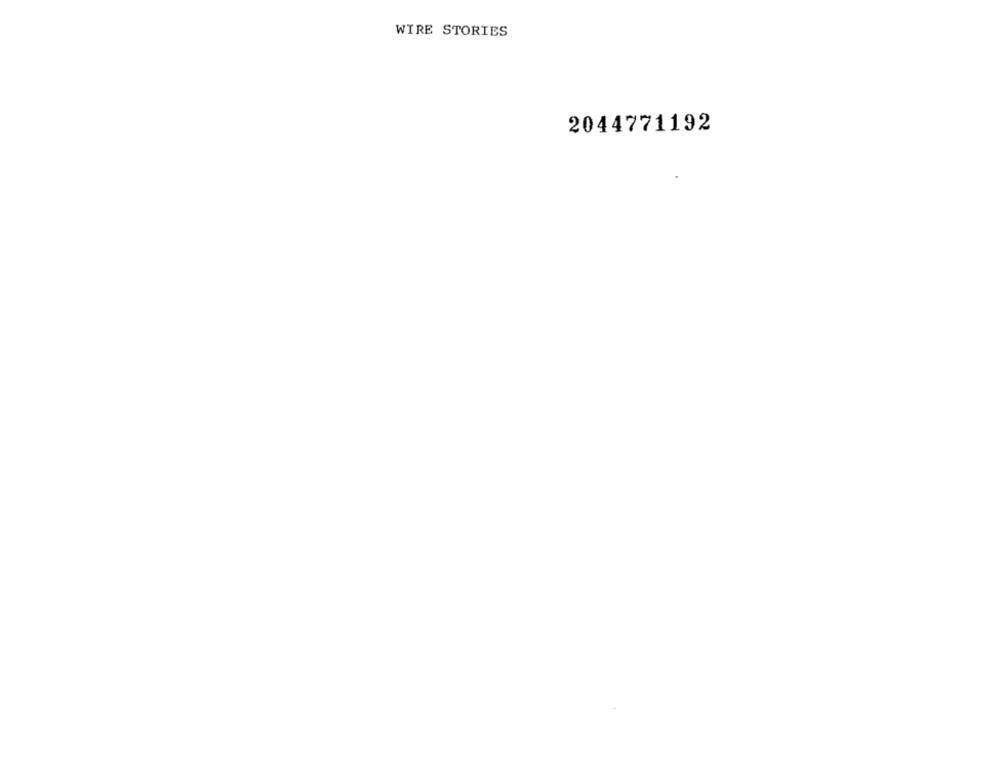
WIRE STORIES
2044771192